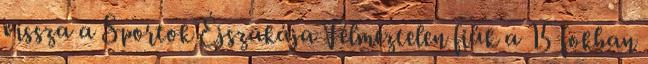
vissza a Sportok Éjszakája Félmeztelen fiúk a 15 fokban